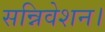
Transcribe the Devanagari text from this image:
सन्निवेशन।